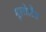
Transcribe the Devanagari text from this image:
मूलोलैंड